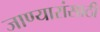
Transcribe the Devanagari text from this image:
जाण्यारांसाठी